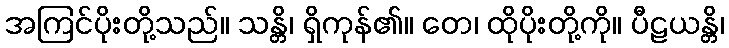
အကြင်ပိုးတို့သည်။ သန္တိ၊ ရှိကုန်၏။ တေ၊ ထိုပိုးတို့ကို။ ပီဠယန္တိ၊